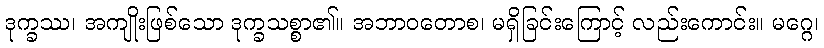
ဒုက္ခဿ၊ အကျိုးဖြစ်သော ဒုက္ခသစ္စာ၏။ အဘာဝတောစ၊ မရှိခြင်းကြောင့် လည်းကောင်း။ မဂ္ဂေ၊